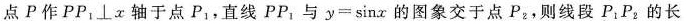
点P作$$PP_{1}\perp x$$轴于点P_{1}，直线PP_{1}与$$y=\sin x$$的图象交于点P_{2}，则线段P_{1}P_{2}的长